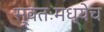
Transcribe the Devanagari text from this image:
स्वतःमध्येच